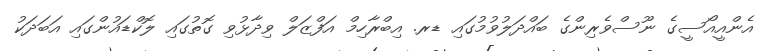
އެންއީއޯސީގެ ނޫސްވެރިންގެ ބައްދަލުވުމުގައި ޑރ. އިބްރާހިމް އަފްޒަލް ވިދާޅުވި ގޮތުގައި ލޮކްޑައުންގައި އަބަދަކު